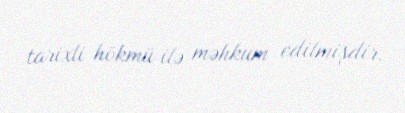
tarixli hökmü ilə məhkum edilmişdir.